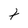
Character: t